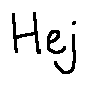
H e j